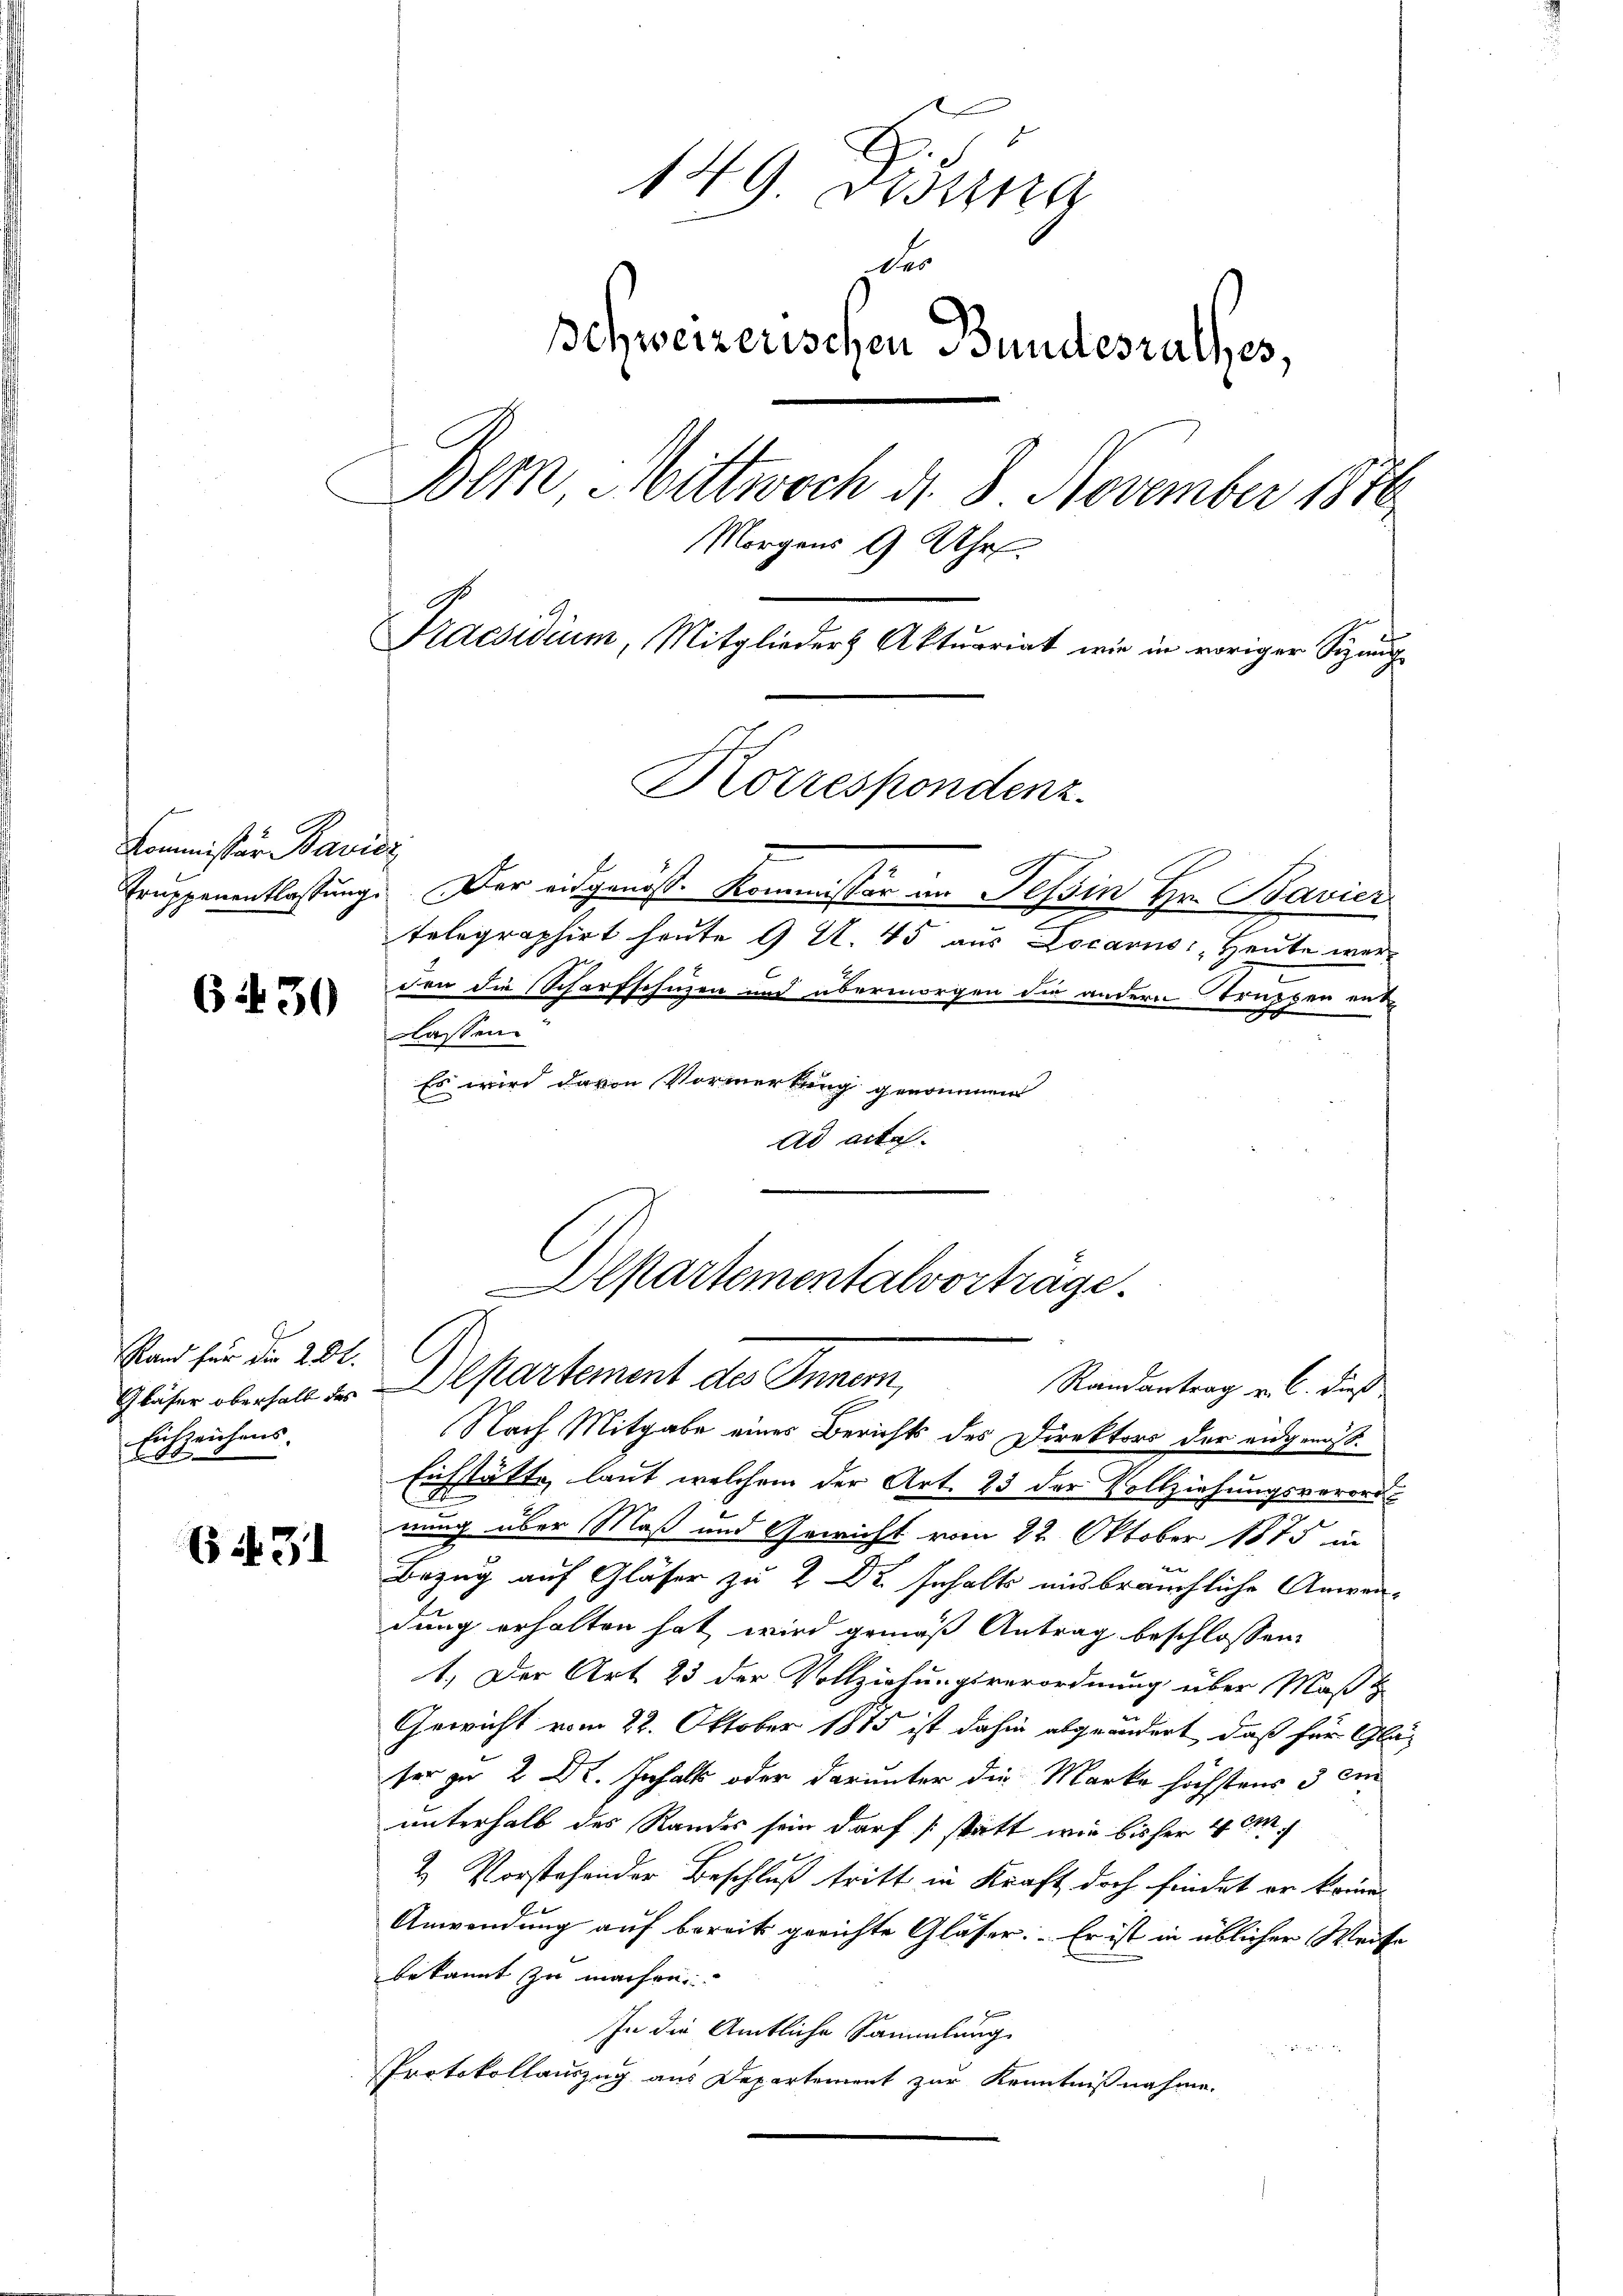
Kommissär Bavier

6430

Rand für die 282.
Eikzeichens
248

Ei 31

149. Beding
der
schweizerischen Bundesrathes,
Dem Mittwoch d. 8. November 1876
Morgens 9 Uhr
Praesidium, Mitglieder Aktuariat wie in voriger Sizung¬

Truppenentlastung. Der eidgenös. Kommissär im Tessin Hr. Bavier
telegraphirt heute 9 Al. 45 aus Locarns: Heute werden die Scharfschuzen und übermorgen die andern Truppen ent
lassen.
Es wird davon Vormerkung genommen
Ad acta.

Korrespondenz.

Alpartementalvorträge.
Gläser oberhalt der Departement des Innern,
Randantrag v. 6. dieß

Nach Mitgabe eines Berichts des Direktors der eidgenöß¬
Eichstätte, laut welchem der Art. 23 der Vollziehungsverord
nung über Maß und Gewicht vom 22. Oktober 1875 in
Bezug auf Gläser zu 2 Dr. Inhalts ausbräuchliche Anwendung erhalten hat, wird gemäß Antrag beschlossen:
1.) Der Art. 23 der Vollziehungsverordnung über Maßt
Gewicht vom 22. Oktober 1885 ist dahin abgeändert, daß für Gläer zu Dr. Inhalt oder darunter die Marke höchstens 3 m
unterhalb des Randes sein darf (statt wir bisher 4 M
2. Vorstehender Beschluß tritt in Kraft doch findet er komme
Anwendung auf bereits gerichte Gläser. Er ist in üblicher Weise
bekannt zu machen.
In die Amtliche Sammlung

Protokollauszug aus Departement zur Kenntnißnahme.